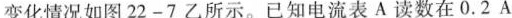
变化情况如图22-7乙所示。已知电流表A读数在0.2A